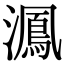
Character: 㵯